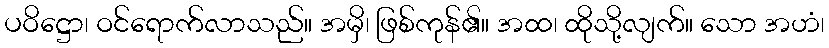
ပဝိဋ္ဌော၊ ဝင်ရောက်လာသည်။ အမှိ၊ ဖြစ်ကုန်၏။ အထ၊ ထိုသို့လျက်။ သော အဟံ၊